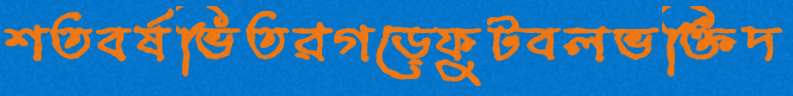
শতবর্ষভিতরগড়েফুটবলভক্তিদ